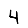
Digit: 4